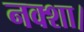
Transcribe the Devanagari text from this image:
नक्शा।